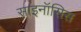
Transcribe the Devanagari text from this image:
साइनॉसिस